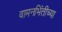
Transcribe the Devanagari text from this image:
वामनभिंतीच्या